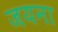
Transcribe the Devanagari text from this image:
जयना